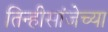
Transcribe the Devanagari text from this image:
तिन्हीसांजेच्या